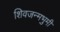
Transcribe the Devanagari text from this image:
शिवजन्मभुमी